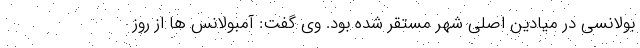
بولانسی در میادین اصلی شهر مستقر شده بود. وی گفت: آمبولانس ها از روز